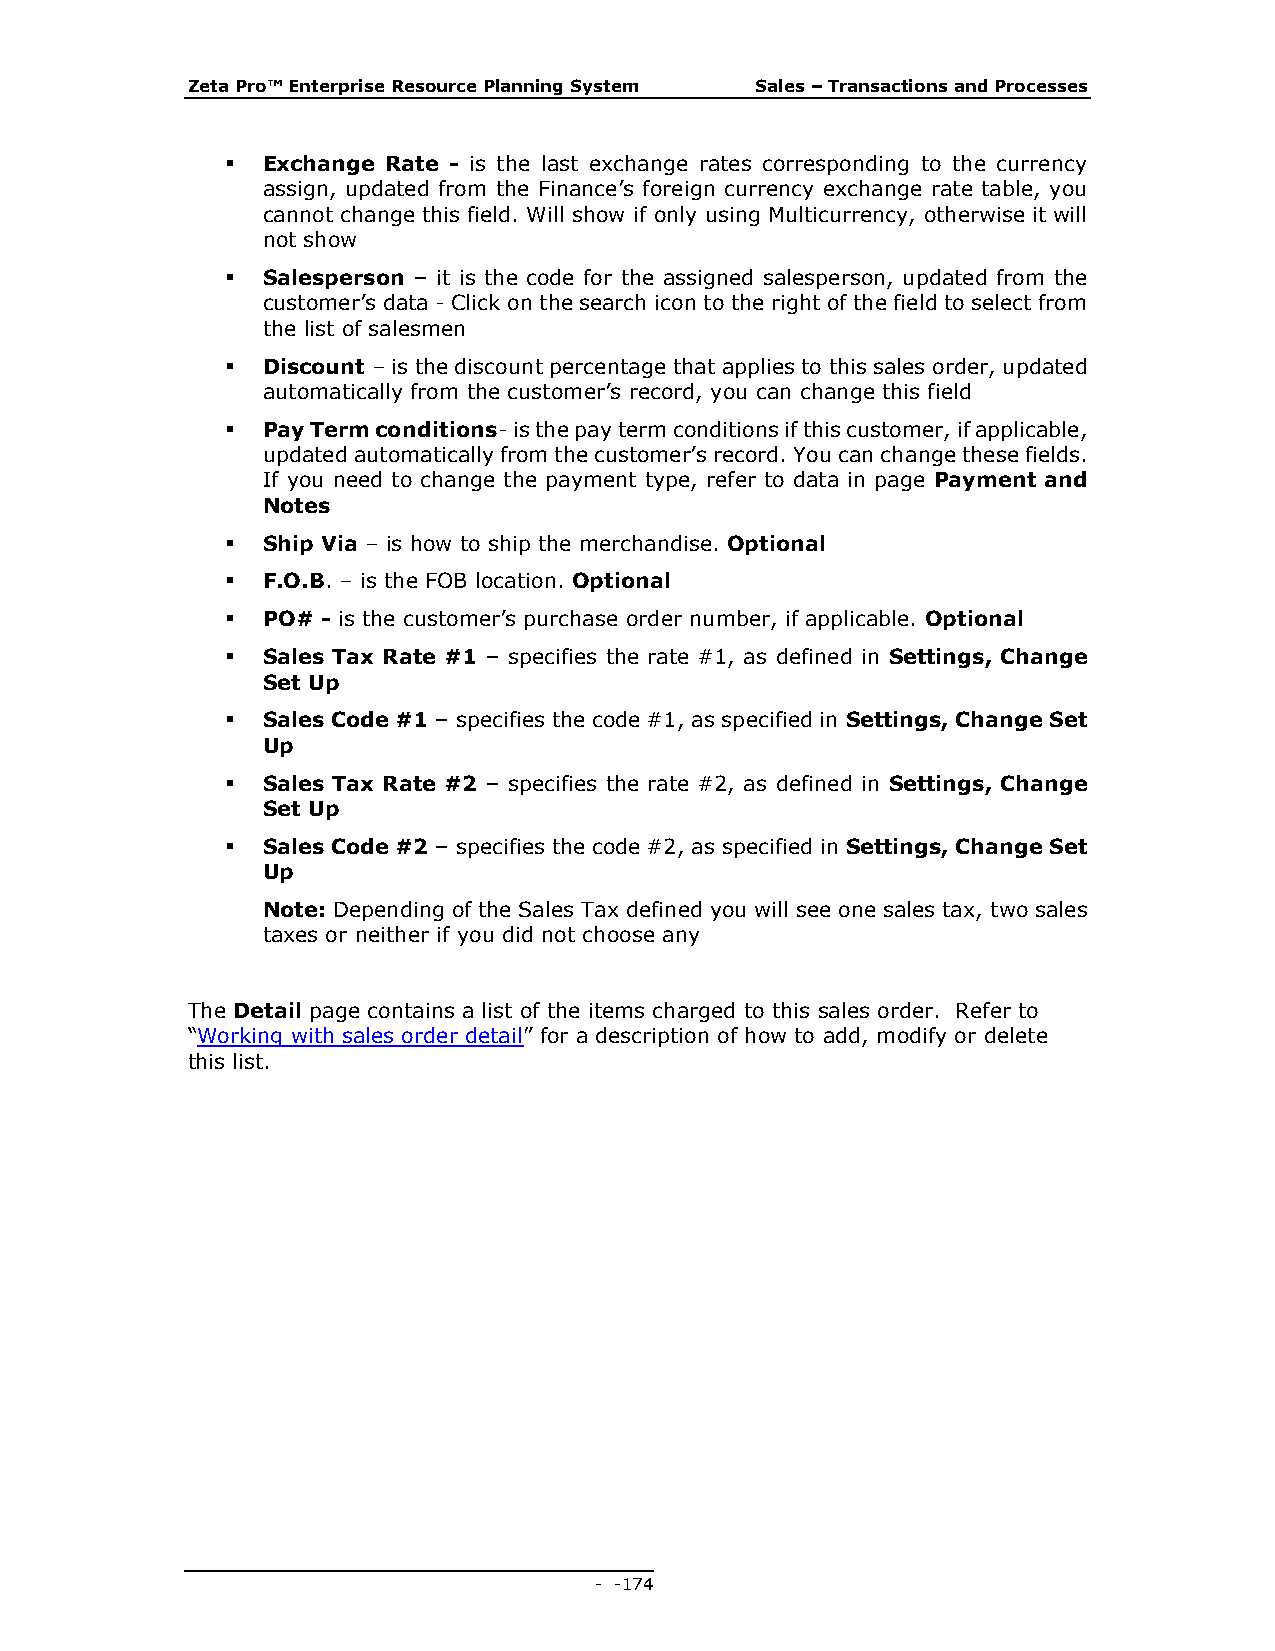
Zeta Pro™ Enterprise Resource Planning System Sales – Transactions and Processes
  Exchange Rate - is the last exchange rates corresponding to the currency
 assign, updated from the Finance’s foreign currency exchange rate table, you
 cannot change this field. Will show if only using Multicurrency, otherwise it will
 not show
  Salesperson – it is the code for the assigned salesperson, updated from the
 customer’s data - Click on the search icon to the right of the field to select from
 the list of salesmen
  Discount – is the discount percentage that applies to this sales order, updated
 automatically from the customer’s record, you can change this field
  Pay Term conditions- is the pay term conditions if this customer, if applicable,
 updated automatically from the customer’s record. You can change these fields.
 If you need to change the payment type, refer to data in page Payment and
 Notes
  Ship Via – is how to ship the merchandise. Optional
  F.O.B. – is the FOB location. Optional
  PO# - is the customer’s purchase order number, if applicable. Optional
  Sales Tax Rate #1 – specifies the rate #1, as defined in Settings, Change
 Set Up
  Sales Code #1 – specifies the code #1, as specified in Settings, Change Set
 Up
  Sales Tax Rate #2 – specifies the rate #2, as defined in Settings, Change
 Set Up
  Sales Code #2 – specifies the code #2, as specified in Settings, Change Set
 Up
 Note: Depending of the Sales Tax defined you will see one sales tax, two sales
 taxes or neither if you did not choose any
 The Detail page contains a list of the items charged to this sales order. Refer to
 “Working with sales order detail” for a description of how to add, modify or delete
 this list.
 - - 174